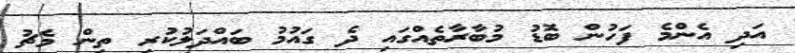
އަދި އެންމެ ފަހުން ބޮޑު މުބާރާތެއްގައި ދެ ގައުމު ބައްދަލުކުރި ތިން މެޗު